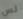
لس